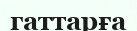
гаттарға